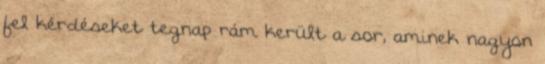
fel kérdéseket tegnap rám került a sor, aminek nagyon